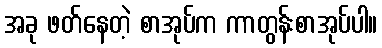
အခု ဖတ်နေတဲ့ စာအုပ်က ကာတွန်းစာအုပ်ပါ။